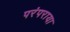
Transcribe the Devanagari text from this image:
परंपराया